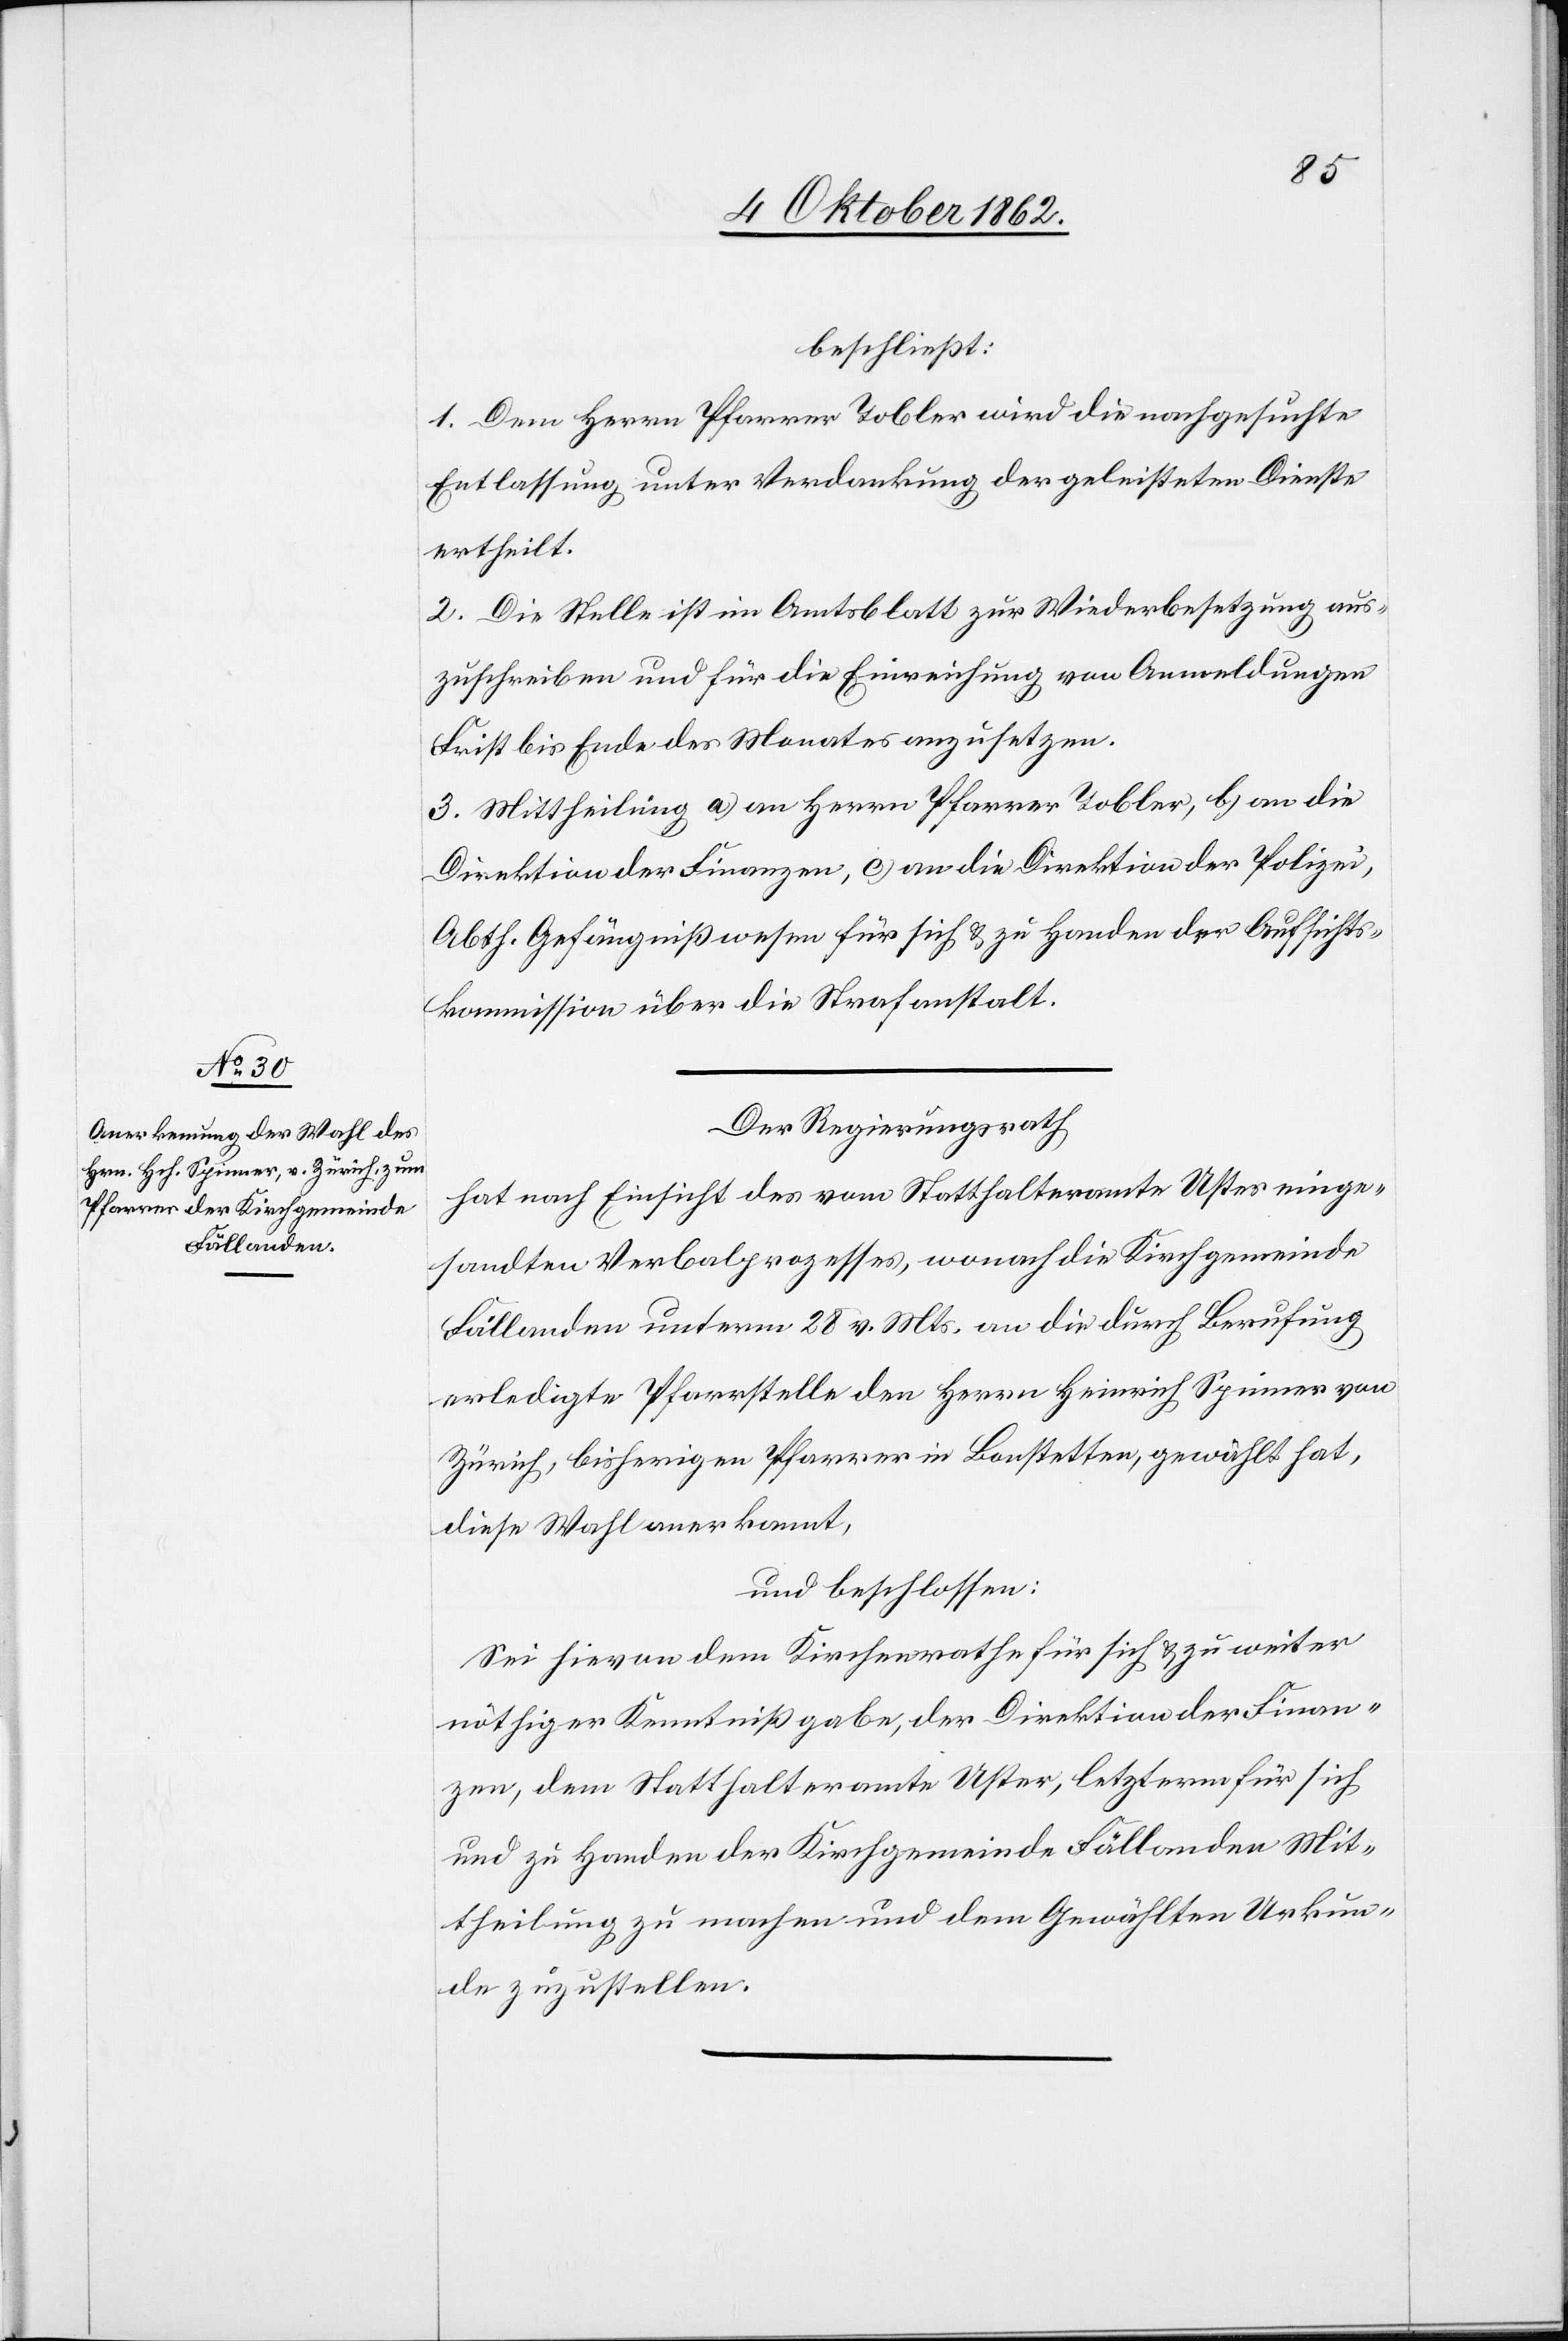
beschließt:
1. Dem Herrn Pfarrer Tobler wird die nachgesuchte
Entlassung unter Verdankung der geleisteten Dienste
ertheilt.
2. Die Stelle ist im Amtsblatt zur Wiederbesetzung aus¬
zuschreiben und für die Einreichung von Anmeldungen
Frist bis Ende des Monates anzusetzen.
3. Mittheilung a) an Herrn Pfarrer Tobler, b) an die
Direktion der Finanzen, c) an die Direktion der Polizei,
Abth. Gefängnißwesen für sich u. zu Handen der Aufsichts¬
kommission über die Strafanstalt.
Der Regierungsrath
hat nach Einsicht des vom Statthalteramte Uster einge¬
sandten Verbalprozesses, wonach die Kirchgemeinde
Fällanden unterm 28. v. Mts. an die durch Berufung
erledigte Pfarrstelle den Herrn Heinrich Spinner von
Zürich, bisherigen Pfarrer in Bonstetten, gewählt hat,
diese Wahl anerkannt,
und beschlossen:
Sei hievon dem Kirchenrath für sich u. zu weiter
nöthiger Kenntnißgabe, der Direktion der Finan¬
zen, dem Statthalteramte Uster, letzterm für sich
und zu Handen der Kirchgemeinde Fällanden Mit¬
theilung zu machen und dem Gewählten Urkun¬
de zuzustellen.